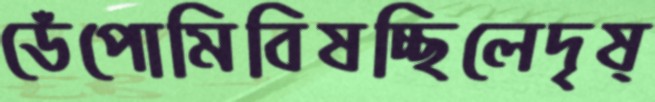
ডেঁপোমিবিষচ্ছিলেদৃষ্